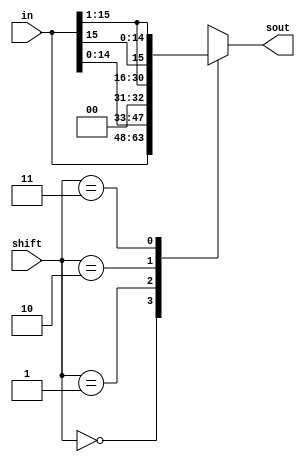
module shifter(in, shift, sout);
   input [15:0] in;
   input [1:0] 	shift;
   output reg [15:0] sout;

   //Shifts in based off shift and assigns shifted value to sout1
   always @(in, shift) begin
      case (shift)
	2'b00 : sout = in;
	2'b01 : sout = {in[14:0], 1'b0};
	2'b10 : sout = {1'b0, in[15:1]};
	2'b11 : sout = {in[15], in[15:1]};
	default : sout = {16{1'bx}};
      endcase // case (shift)
   end
endmodule // shifter